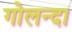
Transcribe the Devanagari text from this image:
गोलन्दा